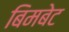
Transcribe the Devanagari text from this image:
बिमबेट